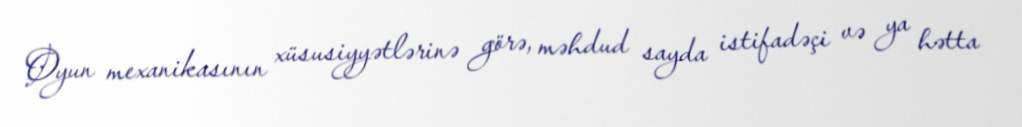
Oyun mexanikasının xüsusiyyətlərinə görə, məhdud sayda istifadəçi və ya hətta